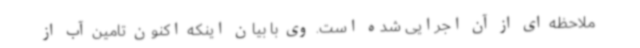
ملاحظه ای از آن اجرایی شده است. وی با بیان اینکه اکنون تامین آب از